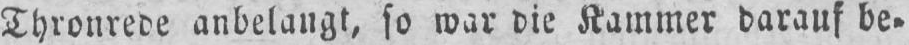
Thronrede anbelangt, so war die Kammer darauf be⸗